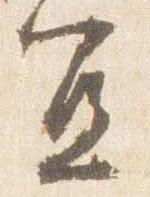
宜